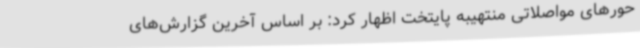
حورهای مواصلاتی منتهیبه پایتخت اظهار کرد: بر اساس آخرین گزارش‌های